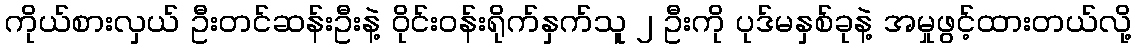
ကိုယ်စားလှယ် ဦးတင်ဆန်းဦးနဲ့ ဝိုင်းဝန်းရိုက်နှက်သူ ၂ ဦးကို ပုဒ်မနှစ်ခုနဲ့ အမှုဖွင့်ထားတယ်လို့